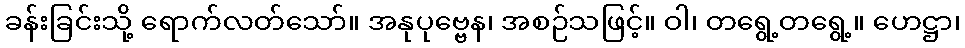
ခန်းခြင်းသို့ ရောက်လတ်သော်။ အနုပုဗ္ဗေန၊ အစဉ်သဖြင့်။ ဝါ၊ တရွေ့တရွေ့။ ဟေဋ္ဌာ၊